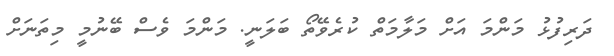
ދަރިފުޅު މަންމަ އަށް މަލާމަތް ކުރެވޭތޯ ބަލަނީ. މަންމަ ވެސް ބޭނުމީ މިތަނަށް